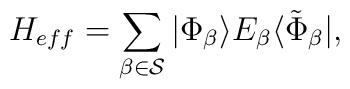
{H_{eff}} = \sum_{\beta\in {\cal S}} |\Phi_{\beta}\rangle E_{\beta}	\langle \tilde{\Phi}_{\beta}| ,